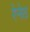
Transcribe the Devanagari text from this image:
रेनेठ